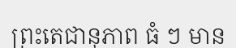
ព្រះតេជានុភាព ធំ ៗ មាន